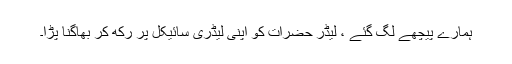
ہمارے پیچھے لگ گئے ، لیڈر حضرات کو اپنی لیڈری سائیکل پر رکھ کر بھاگنا پڑا۔